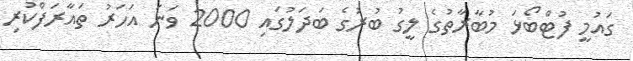
ގައުމީ ފުޓްބޯޅަ މުބާރާތުގެ ލީގު ބުރުގެ ބަދަލުގައި 2000 ވަނަ އަހަރު ތައާރަފްކުރި